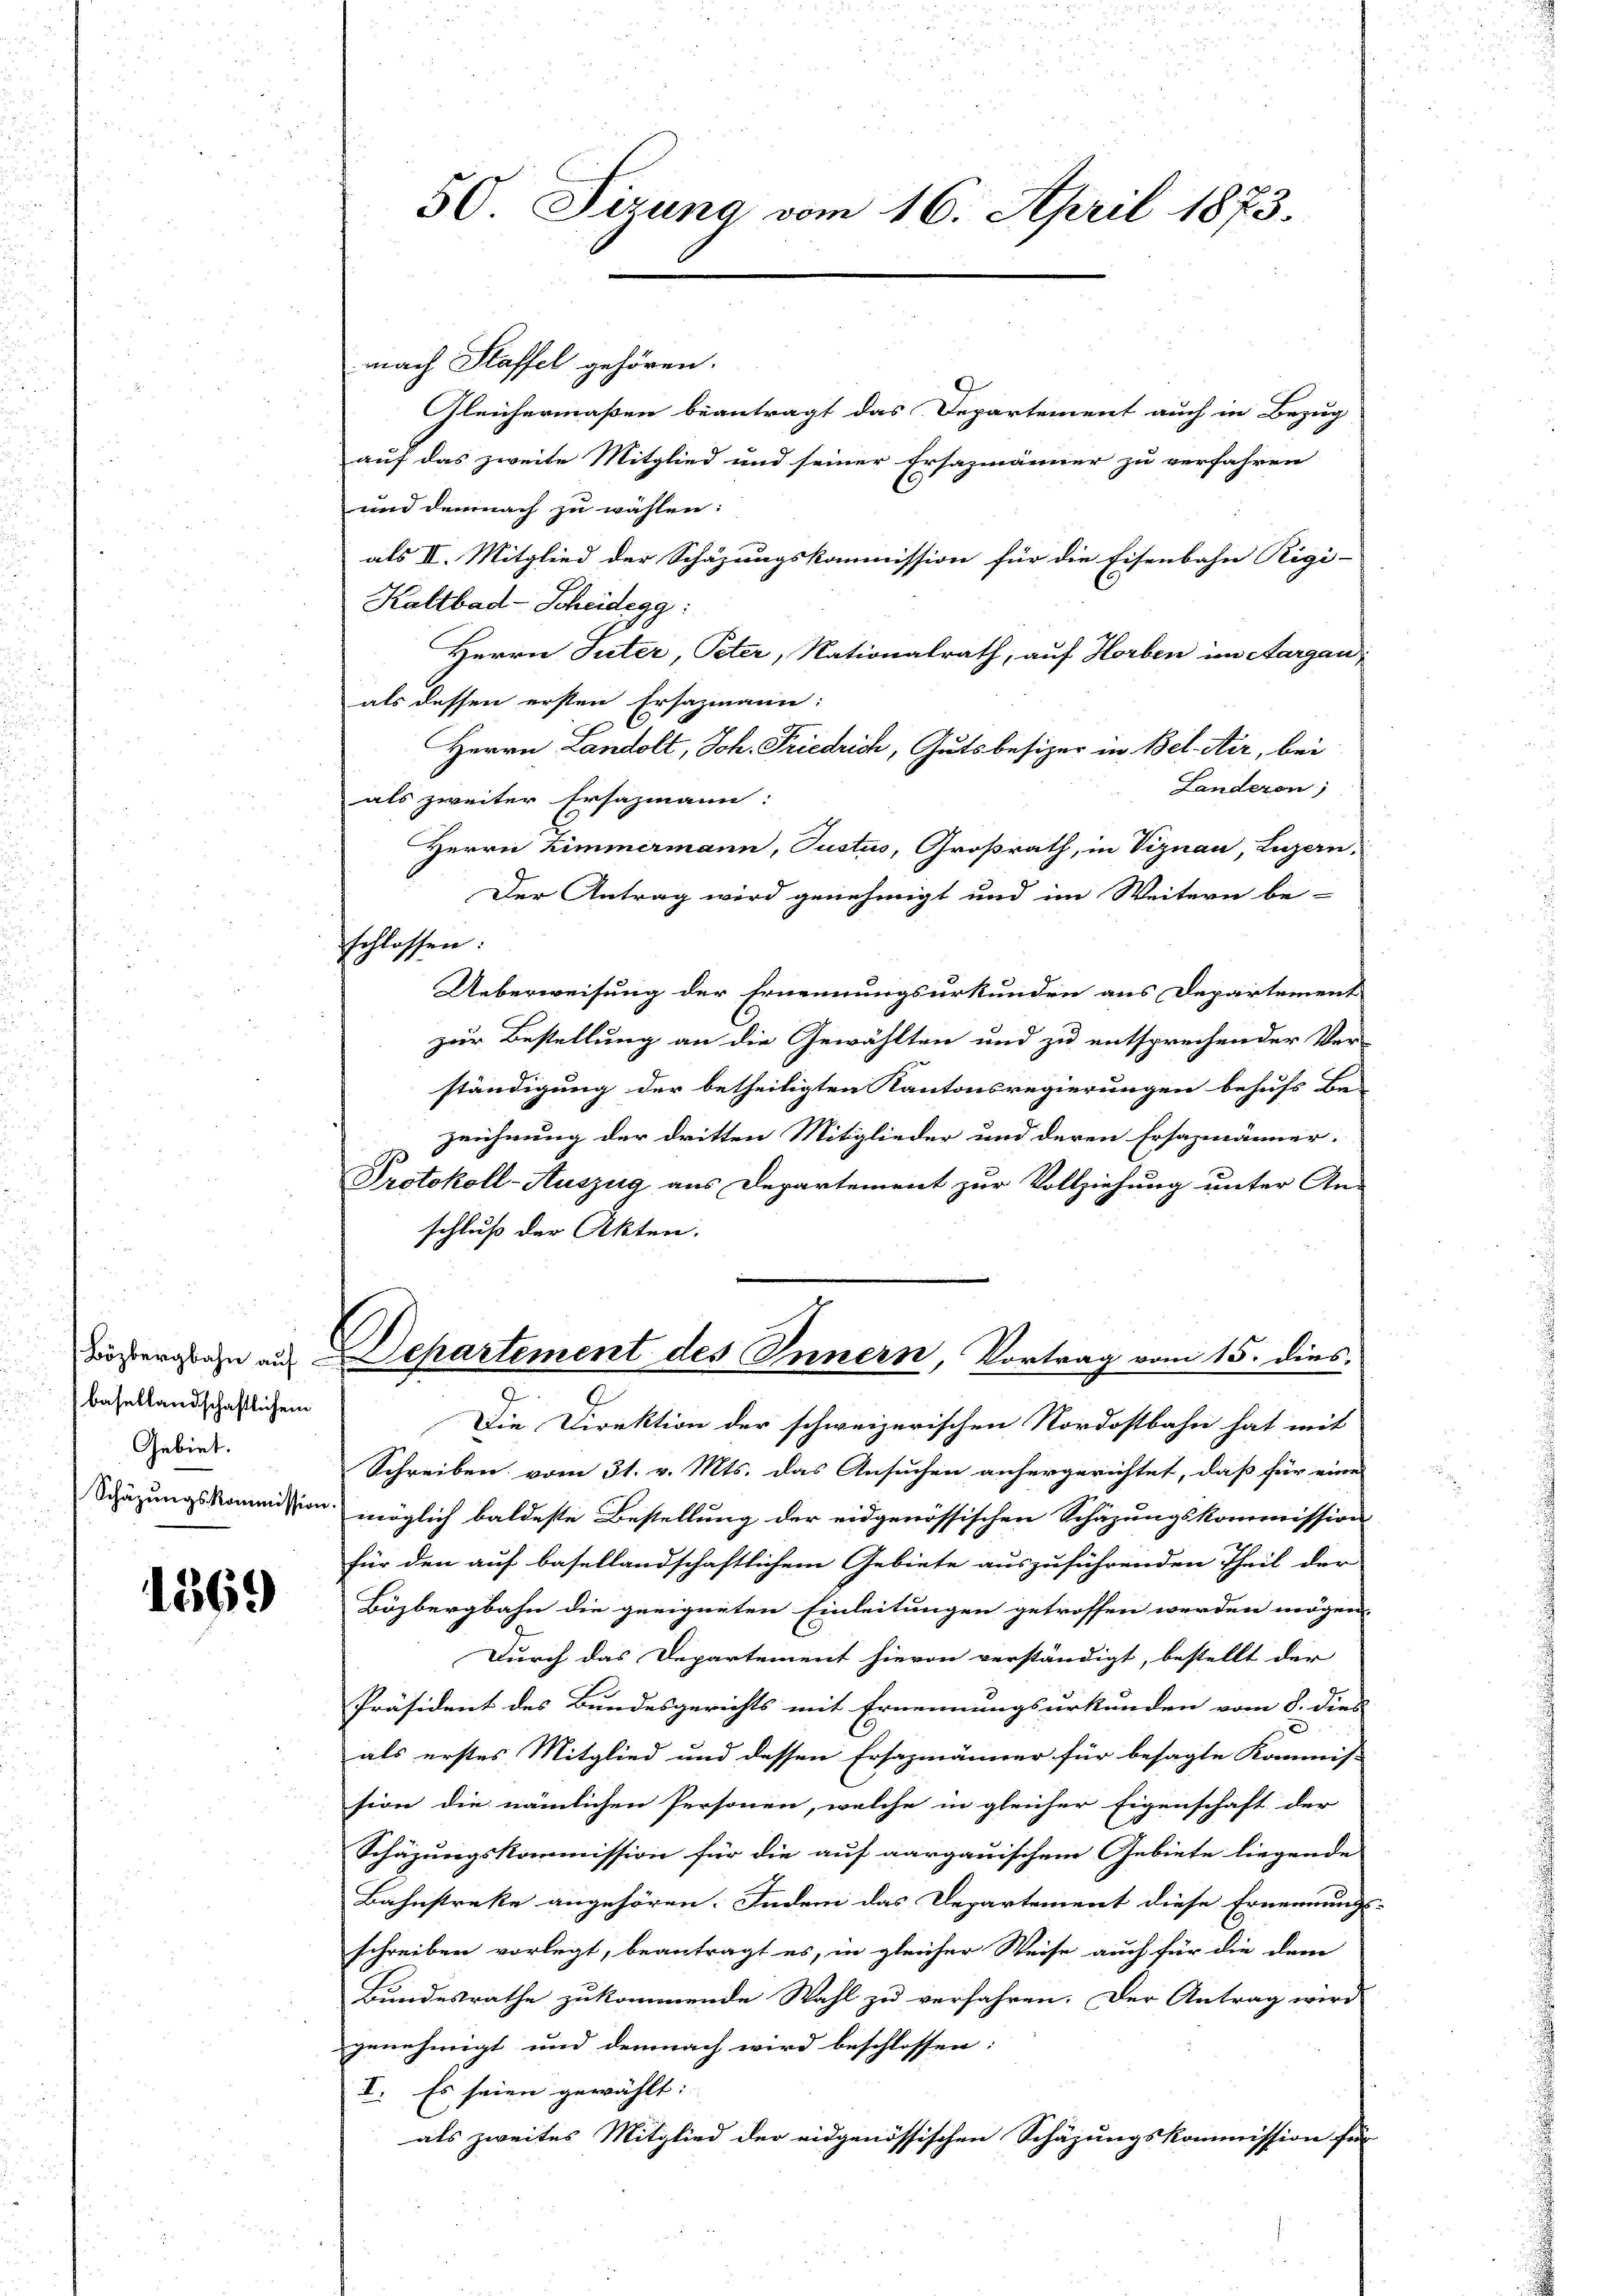
basellandschaftlichem
Gebiet.
Schäzungskommission

1369

50. Sizung vom 16. April 1873.

nach Staffel gehören.

Gleichermaßen beantragt das Departement auch in Bezug
auf das zweite Mitglied und seiner Ersazmänner zu verfahren
und demnach zu wählen:
als II. Mitglied der Schäzungskommission für die Eisenbahn Rigi-
Kaltbad-Scheidegg:
Herrn Suter, Peter, Nationalrath, auf Horben im Aargau,
als dessen ersten Ersazmann:
Herrn Landolt, Joh. Friedrich, Gutsbesizer in Bel-Air, bei
Landeron,
als zweiter Ersazmann:
Herrn Zimmermann, Justus, Großrath, in Viznau, Luzern,
Der Antrag wird genehmigt und im Weitern be-
schlossen:
Ueberweisung der Ernennungsurkunden aus Departement
zur Bestellung an die Gewählten und zu entsprechender Ver-
ständigung der betheiligten Kantonsregierungen behufs Ba-
zeichnung der dritten Mitglieder und deren Ersazmänner-
Protokoll-Auszug aus Departement zur Vollziehung unter An-
schluß der Akten.
Böergbahn aus Departement des Innern, Vortrag vom 15. dies
Die Direktion der schweizerischen Nordostbahn hat mit
Schreiben vom 31. v. Mts. das Ansuchen anhergerichtet, daß für eine
möglich baldeste Bestellung der eidgenössischen Schäzungskommission
für den auf basellandschaftlichem Gebiete auszuführenden Theil der
Bözbergbahn die geeigneten Einleitungen getroffen werden mögen.
Durch das Departement hievon verständigt, bestellt der
Präsident des Bundesgerichts mit Ernennungsurkunden vom 8. dies
als erstes Mitglied und dessen Ersazmänner für besagte Kommis-
sion die nämlichen Personen, welche in gleicher Eigenschaft der
Schäzungskommission für die auf aargauischem Gebiete liegende
Bahnstreke angehören. Indem das Departement diese Ernennungs-
schreiben vorlegt, beantragt es, in gleicher Weise auch für die dem
Bundesrathe zukommende Wahl zu verfahren. Der Antrag wird
genehmigt und demnach wird beschlossen:
I. Es seien gewählt:
als zweites Mitglied der eidgenössischen Schäzungskommission für